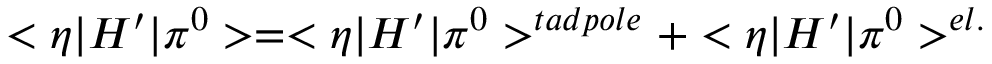
< \eta | H ^ { \prime } | \pi ^ { 0 } > = < \eta | H ^ { \prime } | \pi ^ { 0 } > ^ { t a d p o l e } + < \eta | H ^ { \prime } | \pi ^ { 0 } > ^ { e l . }